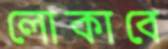
লোকাবে